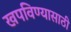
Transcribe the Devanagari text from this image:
खपविण्यासाठी